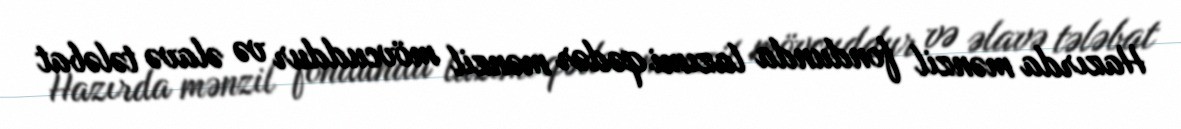
Hazırda mənzil fondunda lazımi qədər mənzil mövcuddur və əlavə tələbat